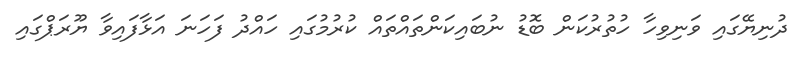
ދުނިޔޭގައި ވަނިވިހާ ހުތުރުކަން ބޮޑު ނުބައިކަންތައްތައް ކުރުމުގައި ހައްދު ފަހަނަ އަޅާފައިވާ ޔޫރަޕްގައި